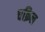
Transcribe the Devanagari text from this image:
चक्रिल